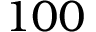
1 0 0